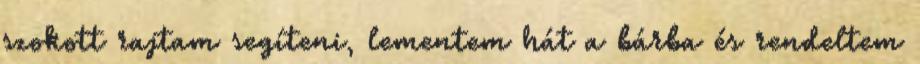
szokott rajtam segíteni, lementem hát a bárba és rendeltem